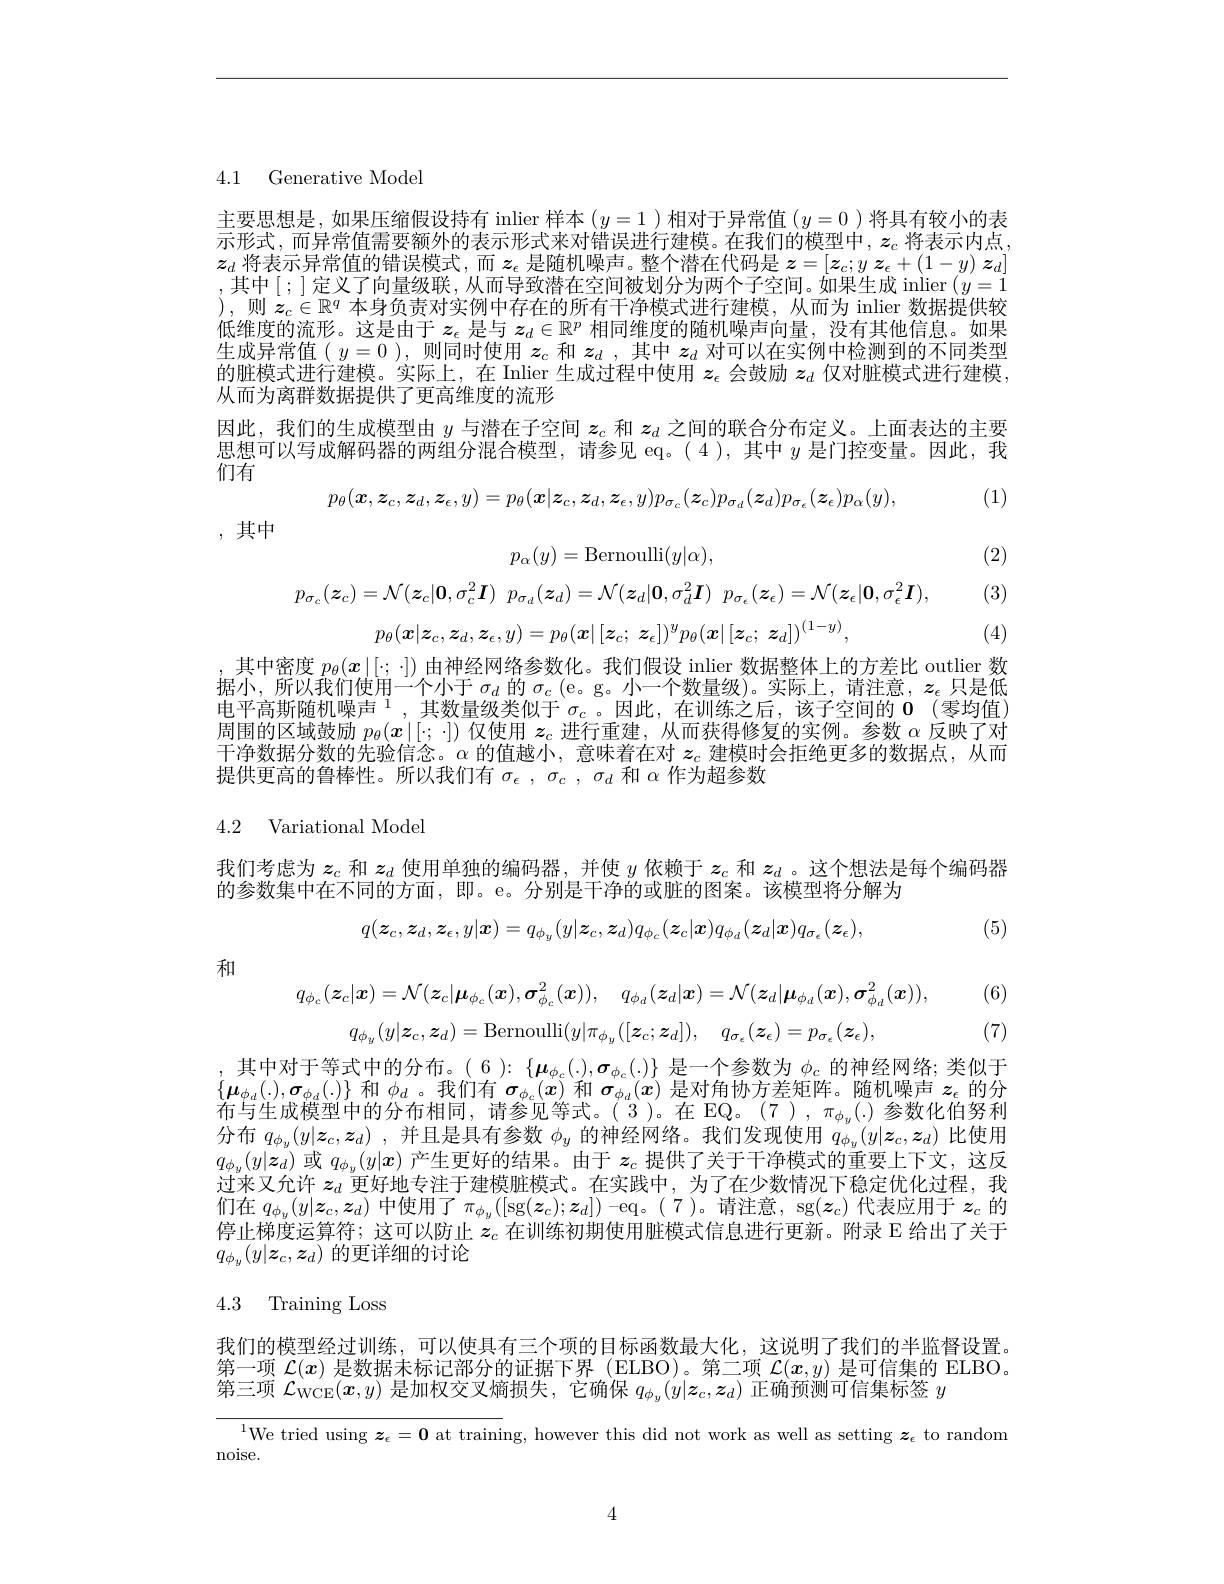
4.1 Generative Mode

主要思想是，如果压缩假设持有 inlier 样本$(y=1)$相对于异常值$(y=0)$将具有较小的表示形式，而异常值需要额外的表示形式来对错误进行建模。在我们的模型中，$z_c$将表示内点$z_d$将表示异常值的错误模式，而$z_\epsilon$是随机噪声。整个潜在代码是$z=[\boldsymbol{z}_c;y\boldsymbol{z}_\epsilon+(1-y)\boldsymbol{z}_d]$ ,其中[;]定义了向量级联，从而导致潜在空间被划分为两个子空间。如果生成 inlier$\left(y=1\right.$ ),则$z_c\in\mathbb{R}^q$本身负责对实例中存在的所有干净模式进行建模，从而为 inlier 数据提供较低维度的流形。这是由于$z_\epsilon$是与$z_d\in\mathbb{R}^p$相同维度的随机噪声向量，没有其他信息。如果生成异常值( $y=0$ ), 则同时使用$z_c$和$z_d$,其中$z_d$对可以在实例中检测到的不同类型的脏模式进行建模。实际上，在 Inlier 生成过程中使用$z_\epsilon$会鼓励$z_d$仅对脏模式进行建模， 从而为离群数据提供了更高维度的流形
因此，我们的生成模型由$y$与潜在子空间$z_c$和$z_d$之间的联合分布定义。上面表达的主要思想可以写成解码器的两组分混合模型，请参见 eq。(4),其中$y$是门控变量。因此，我们有

(1)
$$p_\theta(\boldsymbol{x},\boldsymbol{z}_c,\boldsymbol{z}_d,\boldsymbol{z}_\epsilon,y)=p_\theta(\boldsymbol{x}|\boldsymbol{z}_c,\boldsymbol{z}_d,\boldsymbol{z}_\epsilon,y)p_{\sigma_c}(\boldsymbol{z}_c)p_{\sigma_d}(\boldsymbol{z}_d)p_{\sigma_\epsilon}(\boldsymbol{z}_\epsilon)p_\alpha(y),$$
,其中

(2)
$$p_\alpha(y)=\mathrm{Bernoulli}(y|\alpha),$$
$$p_{\sigma_{c}}(\boldsymbol{z}_{c})=\mathcal{N}(\boldsymbol{z}_{c}|\mathbf{0},\sigma_{c}^{2}\boldsymbol{I})\:p_{\sigma_{d}}(\boldsymbol{z}_{d})=\mathcal{N}(\boldsymbol{z}_{d}|\mathbf{0},\sigma_{d}^{2}\boldsymbol{I})\:p_{\sigma_{\epsilon}}(\boldsymbol{z}_{\epsilon})=\mathcal{N}(\boldsymbol{z}_{\epsilon}|\mathbf{0},\sigma_{\epsilon}^{2}\boldsymbol{I})$$
$$p_{\theta}(\boldsymbol{x}|\boldsymbol{z}_{c},\boldsymbol{z}_{d},\boldsymbol{z}_{\epsilon},y)=p_{\theta}(\boldsymbol{x}|\left[\boldsymbol{z}_{c};\boldsymbol{z}_{\epsilon}\right])^{y}p_{\theta}(\boldsymbol{x}|\left[\boldsymbol{z}_{c};\boldsymbol{z}_{d}\right])^{(1-y)},$$
(3)

(4)

,其中密度$p_\theta(x\mid[;\cdot])$由神经网络参数化。我们假设 inlier 数据整体上的方差比 outlier 数$\begin{array}{l}\text{据小，所以我们使用一个小于 }\sigma_{d}\text{ 的 }\sigma_{c}\left(\mathrm{e}。\mathrm{g}。\text{小一个数量级)。实际上，请注意，}z_{\epsilon}\text{ 只是低}\\\text{电平高斯随机噪声 }^{1},\text{其数量级类似于 }\sigma_{c}\text{ 。因此，在训练之后，该子空间的 }0\:(\text{零均值})\\\text{围围的坏战击场}_{-(-1)}^{-(-1)}\:^{-(-1)}\:^{-(-1)}\:^{-(-1)}\:^{-(-1)}\:^{-(-1)}\:^{-(-1)}\:^{-(-1)}\:^{-(-1)}\:^{$ 周围的区域鼓励$p_\theta(x|[:;\cdot])$仅使用$\boldsymbol{z}_c$进行重建，从而获得修复的实例。参数$\alpha$反映了对干净数据分数的先验信念。$\alpha$的值越小，意味着在对$z_c$建模时会拒绝更多的数据点，从而提供更高的鲁棒性。所以我们有$\sigma_\epsilon,\sigma_c,\sigma_d$和$\alpha$作为超参数

4.2 Variational Model

我们考虑为$z_c$和$z_d$使用单独的编码器，并使$y$依赖于$z_c$和$z_d$ 。这个想法是每个编码器
的参数集中在不同的方面，即。e。分别是干净的或脏的图案。该模型将分解为
$$q(\boldsymbol{z}_c,\boldsymbol{z}_d,\boldsymbol{z}_\epsilon,y|\boldsymbol{x})=q_{\phi_y}(y|\boldsymbol{z}_c,\boldsymbol{z}_d)q_{\phi_c}(\boldsymbol{z}_c|\boldsymbol{x})q_{\phi_d}(\boldsymbol{z}_d|\boldsymbol{x})q_{\sigma_\epsilon}(\boldsymbol{z}_\epsilon),$$
(5)

和

(6)
$$q_{\phi_{c}}(\boldsymbol{z}_{c}|\boldsymbol{x})=\mathcal{N}(\boldsymbol{z}_{c}|\boldsymbol{\mu}_{\phi_{c}}(\boldsymbol{x}),\boldsymbol{\sigma}_{\phi_{c}}^{2}(\boldsymbol{x})),\quad q_{\phi_{d}}(\boldsymbol{z}_{d}|\boldsymbol{x})=\mathcal{N}(\boldsymbol{z}_{d}|\boldsymbol{\mu}_{\phi_{d}}(\boldsymbol{x}),\boldsymbol{\sigma}_{\phi_{d}}^{2}(\boldsymbol{x})),$$
(7)
$$q_{\phi_y}(y|\boldsymbol{z}_c,\boldsymbol{z}_d)=\mathrm{Bernoulli}(y|\pi_{\phi_y}([\boldsymbol{z}_c;\boldsymbol{z}_d]),\quad q_{\sigma_\epsilon}(\boldsymbol{z}_\epsilon)=p_{\sigma_\epsilon}(\boldsymbol{z}_\epsilon),$$
其中对于等式中的分布。$(6):\{\boldsymbol{\mu}_{\phi_c}(.),\boldsymbol{\sigma}_{\phi_c}(.)\}$是一个参数为$\phi_c$的神经网络；类似于$\{\boldsymbol{\mu}_{\phi_d}(.),\boldsymbol{\sigma}_{\phi_d}(.)\}$和$\phi_d$。我们有$\boldsymbol\sigma_\phi_c(x)$和$\sigma_\phi_d(x)$是对角协方差矩阵。随机噪声$z_\epsilon$的分布与生成模型中的分布相同，请参见等式。(3)。在 EQ。(7),$\pi_{\phi_y}(.)$参数化伯努利分布$q_{\phi _y}( y| \boldsymbol{z}_c, \boldsymbol{z}_d)$ ,并且是具有参数$\phi_y$的神经网络。我们发现使用$q_\phi_y(y|\boldsymbol{z}_c,\boldsymbol{z}_d)$比使用$q_{\phi_y}(y|\boldsymbol{z}_d)$或$q_\phi_y(y|\boldsymbol{x})$产生更好的结果。由于$z_c$提供了关于干净模式的重要上下文，这反过来又允许$z_d$更好地专注于建模脏模式。在实践中，为了在少数情况下稳定优化过程，我们在$q_{\phi_y}(y|z_c,z_d)$中使用了$\pi_\phi_y([$sg$(\boldsymbol z_c);\boldsymbol z_d])-$eq。(7)。请注意，sg$(\boldsymbol z_c)$代表应用于$\boldsymbol z_c$的停止梯度运算符；这可以防止$z_c$在训练初期使用脏模式信息进行更新。附录 E 给出了关于$q_{\phi_y}\overline{(y|\boldsymbol{z}_c,z_d)\text{ 的更详细的讨论}}$

# 4.3 Training Loss

我们的模型经过训练，可以使具有三个项的目标函数最大化，这说明了我们的半监督设置。第一项$\mathcal{L}(x)$是数据未标记部分的证据下界 (ELBO)。第二项$\mathcal{L}(x,y)$是可信集的 ELBO。第三项$\mathcal{L}_\mathrm{WCE}(\boldsymbol{x},y)$是加权交叉熵损失，它确保$q_\phi_y(y|\boldsymbol{z}_c,\boldsymbol{z}_d)$正确预测可信集标签$y$

$^{1}$We tried using $\boldsymbol z_\epsilon=\mathbf{0}$ at training, however this did not work as well as setting $\boldsymbol z_\epsilon$ to random

noise.